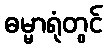
ဓမ္မာရုံတွင်